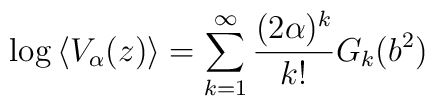
\log\left\langle V_{\alpha}(z)\right\rangle =\sum_{k=1}^{\infty}\frac{(2\alpha)^{k}}{k!}G_{k}(b^{2})